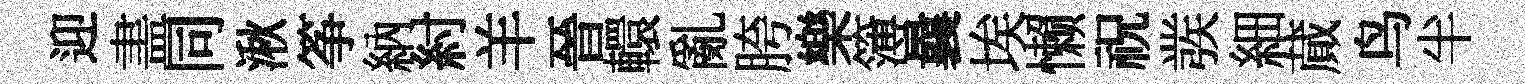
迎𥁞同湫筝納紂羊晉轘亂胯樂簿曩埃懒祝彂細蕆鸟半